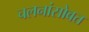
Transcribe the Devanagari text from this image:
चलनांसोबत